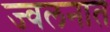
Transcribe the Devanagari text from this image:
ज्वलनात